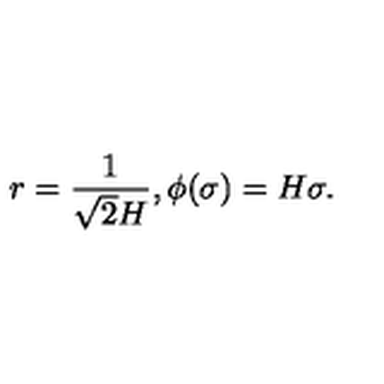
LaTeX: r = \frac { 1 } { \sqrt { 2 } H } , \phi ( \sigma ) = H \sigma .